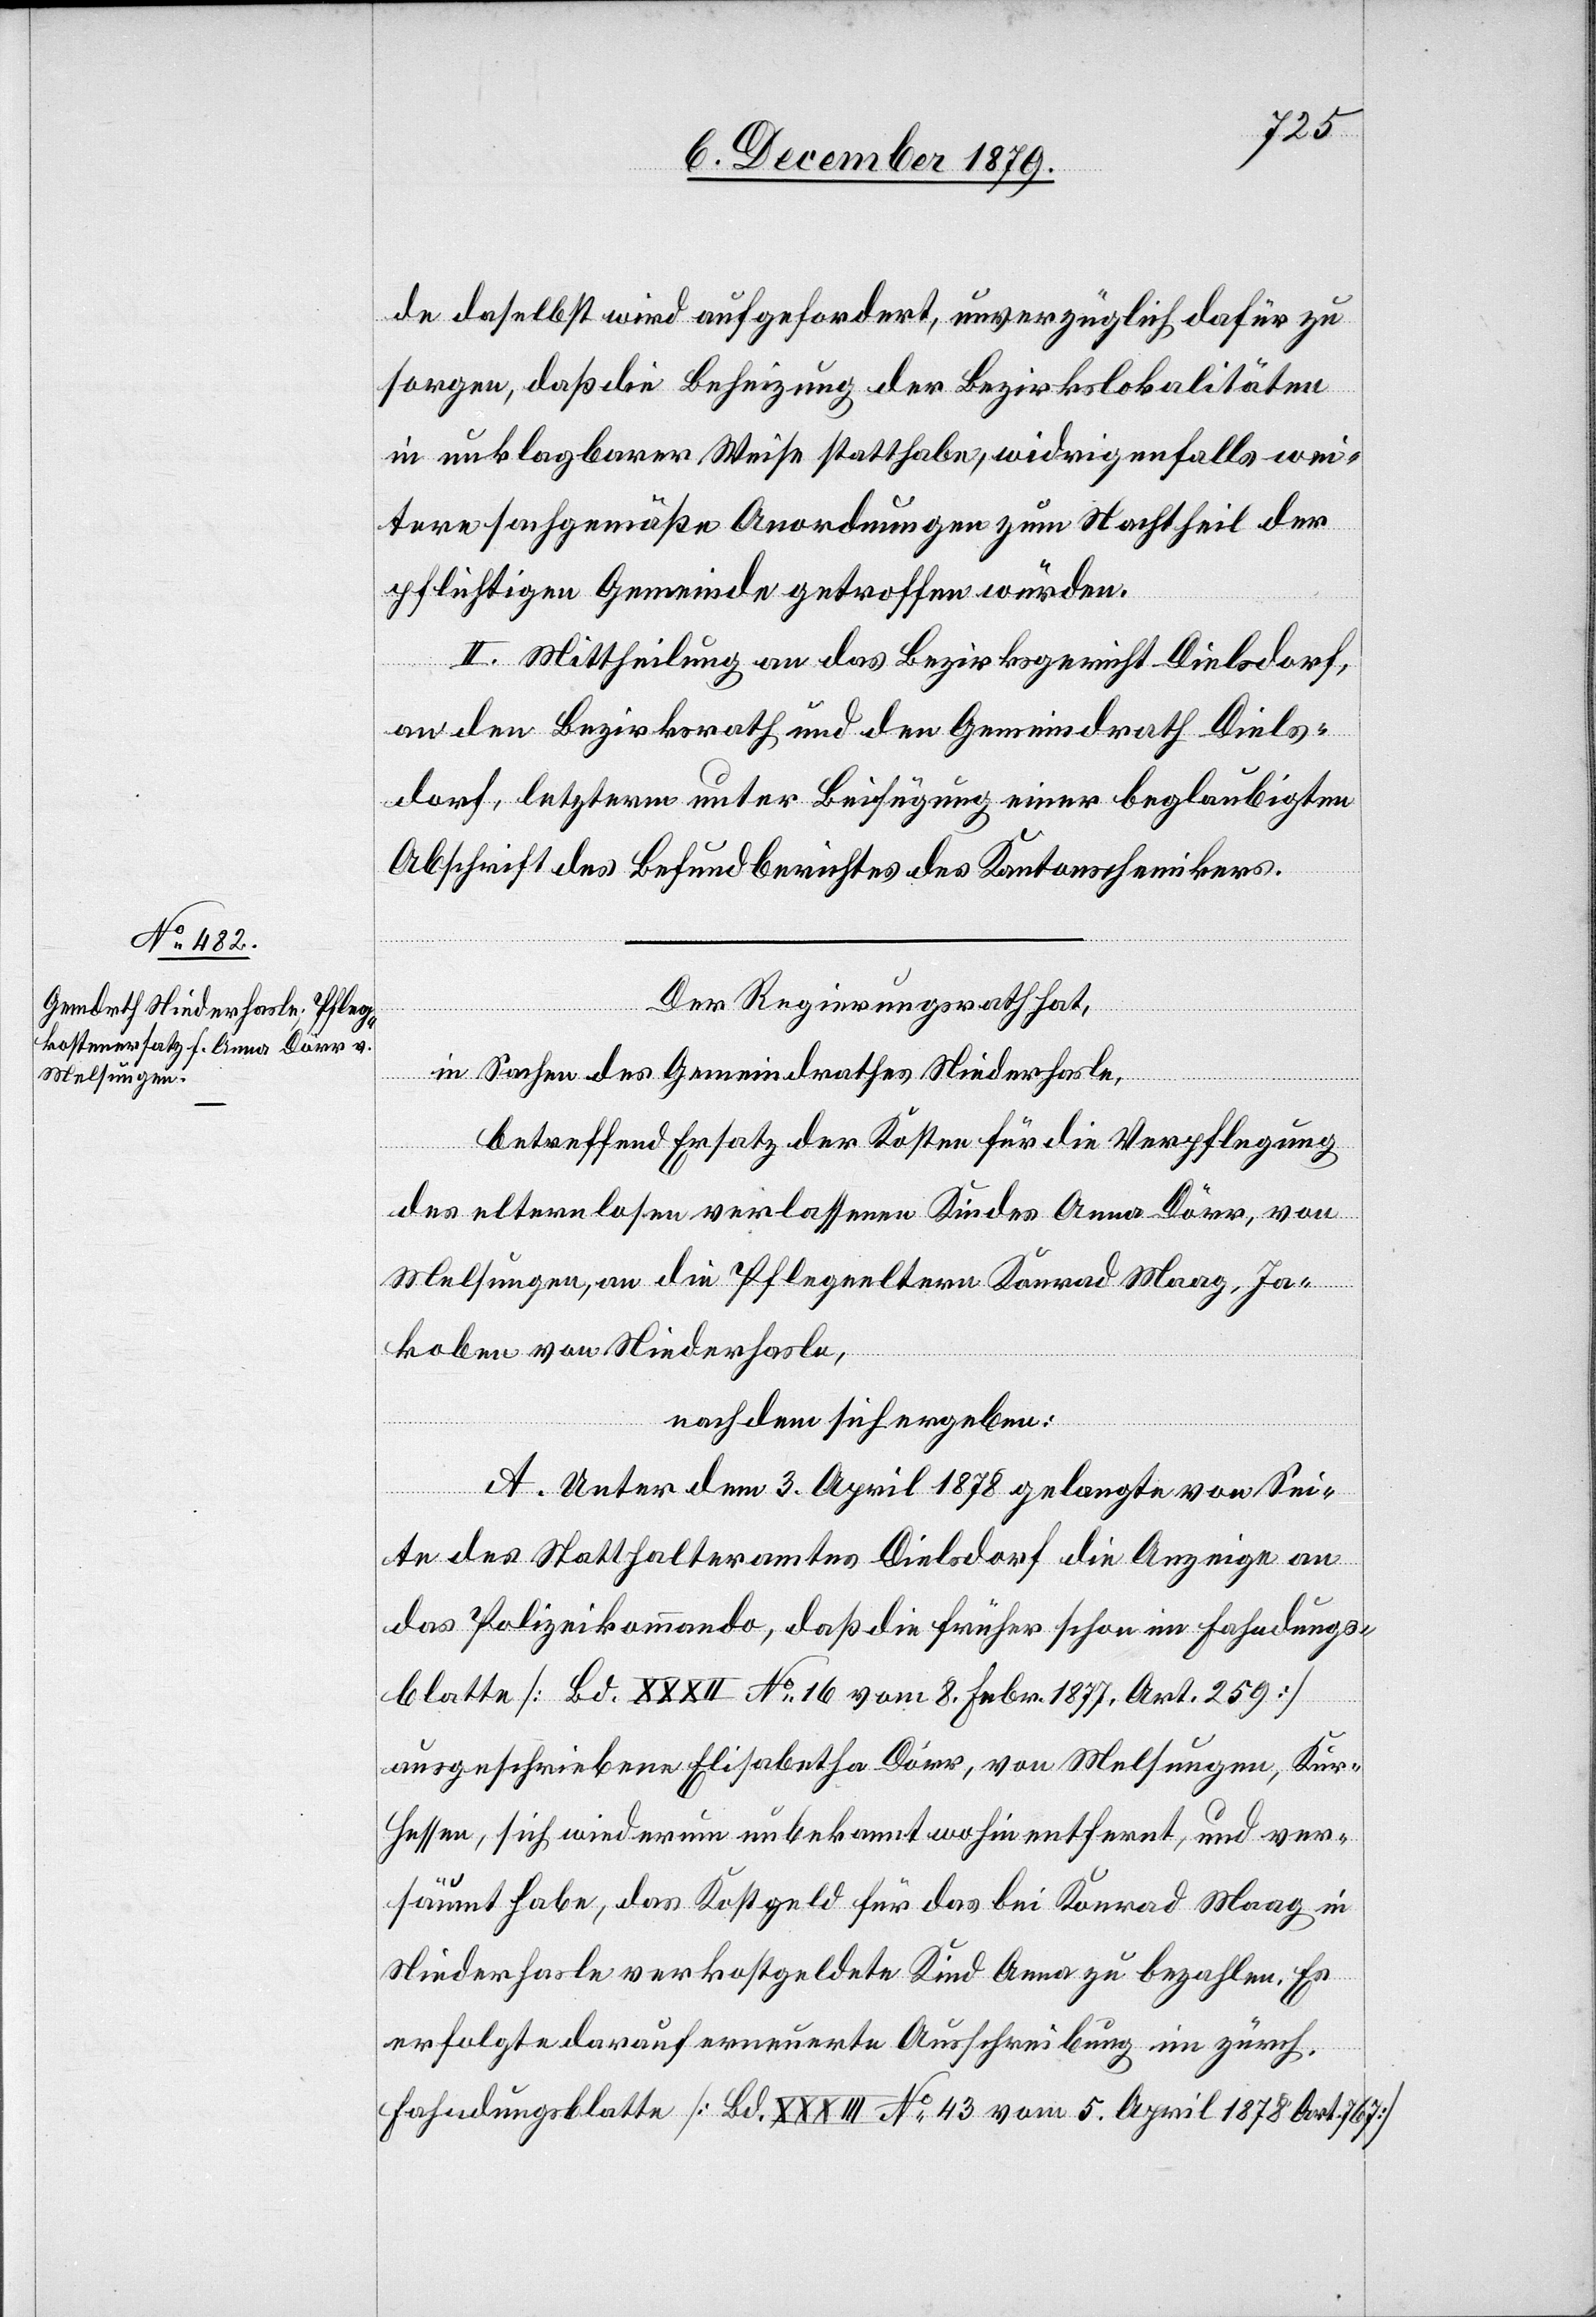
de daselbst wird aufgefordert, unverzüglich dafür zu
sorgen, daß die Beheizung der Bezirkslokalitäten
in unklagbarer Weise statthabe, widrigenfalls wei¬
tere sachgemäße Anordnungen zum Nachtheil der
pflichtigen Gemeinde getroffen würden.
II. Mittheilung an das Bezirksgericht Dielsdorf,
an den Bezirksrath und den Gemeindrath Diels¬
dorf, letzerm unter Beifügung einer beglaubigten
Abschrift des Befundberichtes des Kantonschemikers.